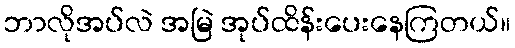
ဘာလိုအပ်လဲ အမြဲ အုပ်ထိန်းပေးနေကြတယ်။